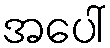
အပေါ်